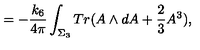
= - \frac { k _ { 6 } } { 4 \pi } \int _ { \Sigma _ { 3 } } T r ( A \wedge d A + \frac { 2 } { 3 } A ^ { 3 } ) ,